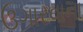
ઉગારવાના